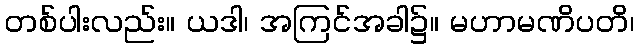
တစ်ပါးလည်း။ ယဒါ၊ အကြင်အခါ၌။ မဟာမဏိပတိ၊